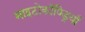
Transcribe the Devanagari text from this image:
माइटोकाँण्ड्रियाँ